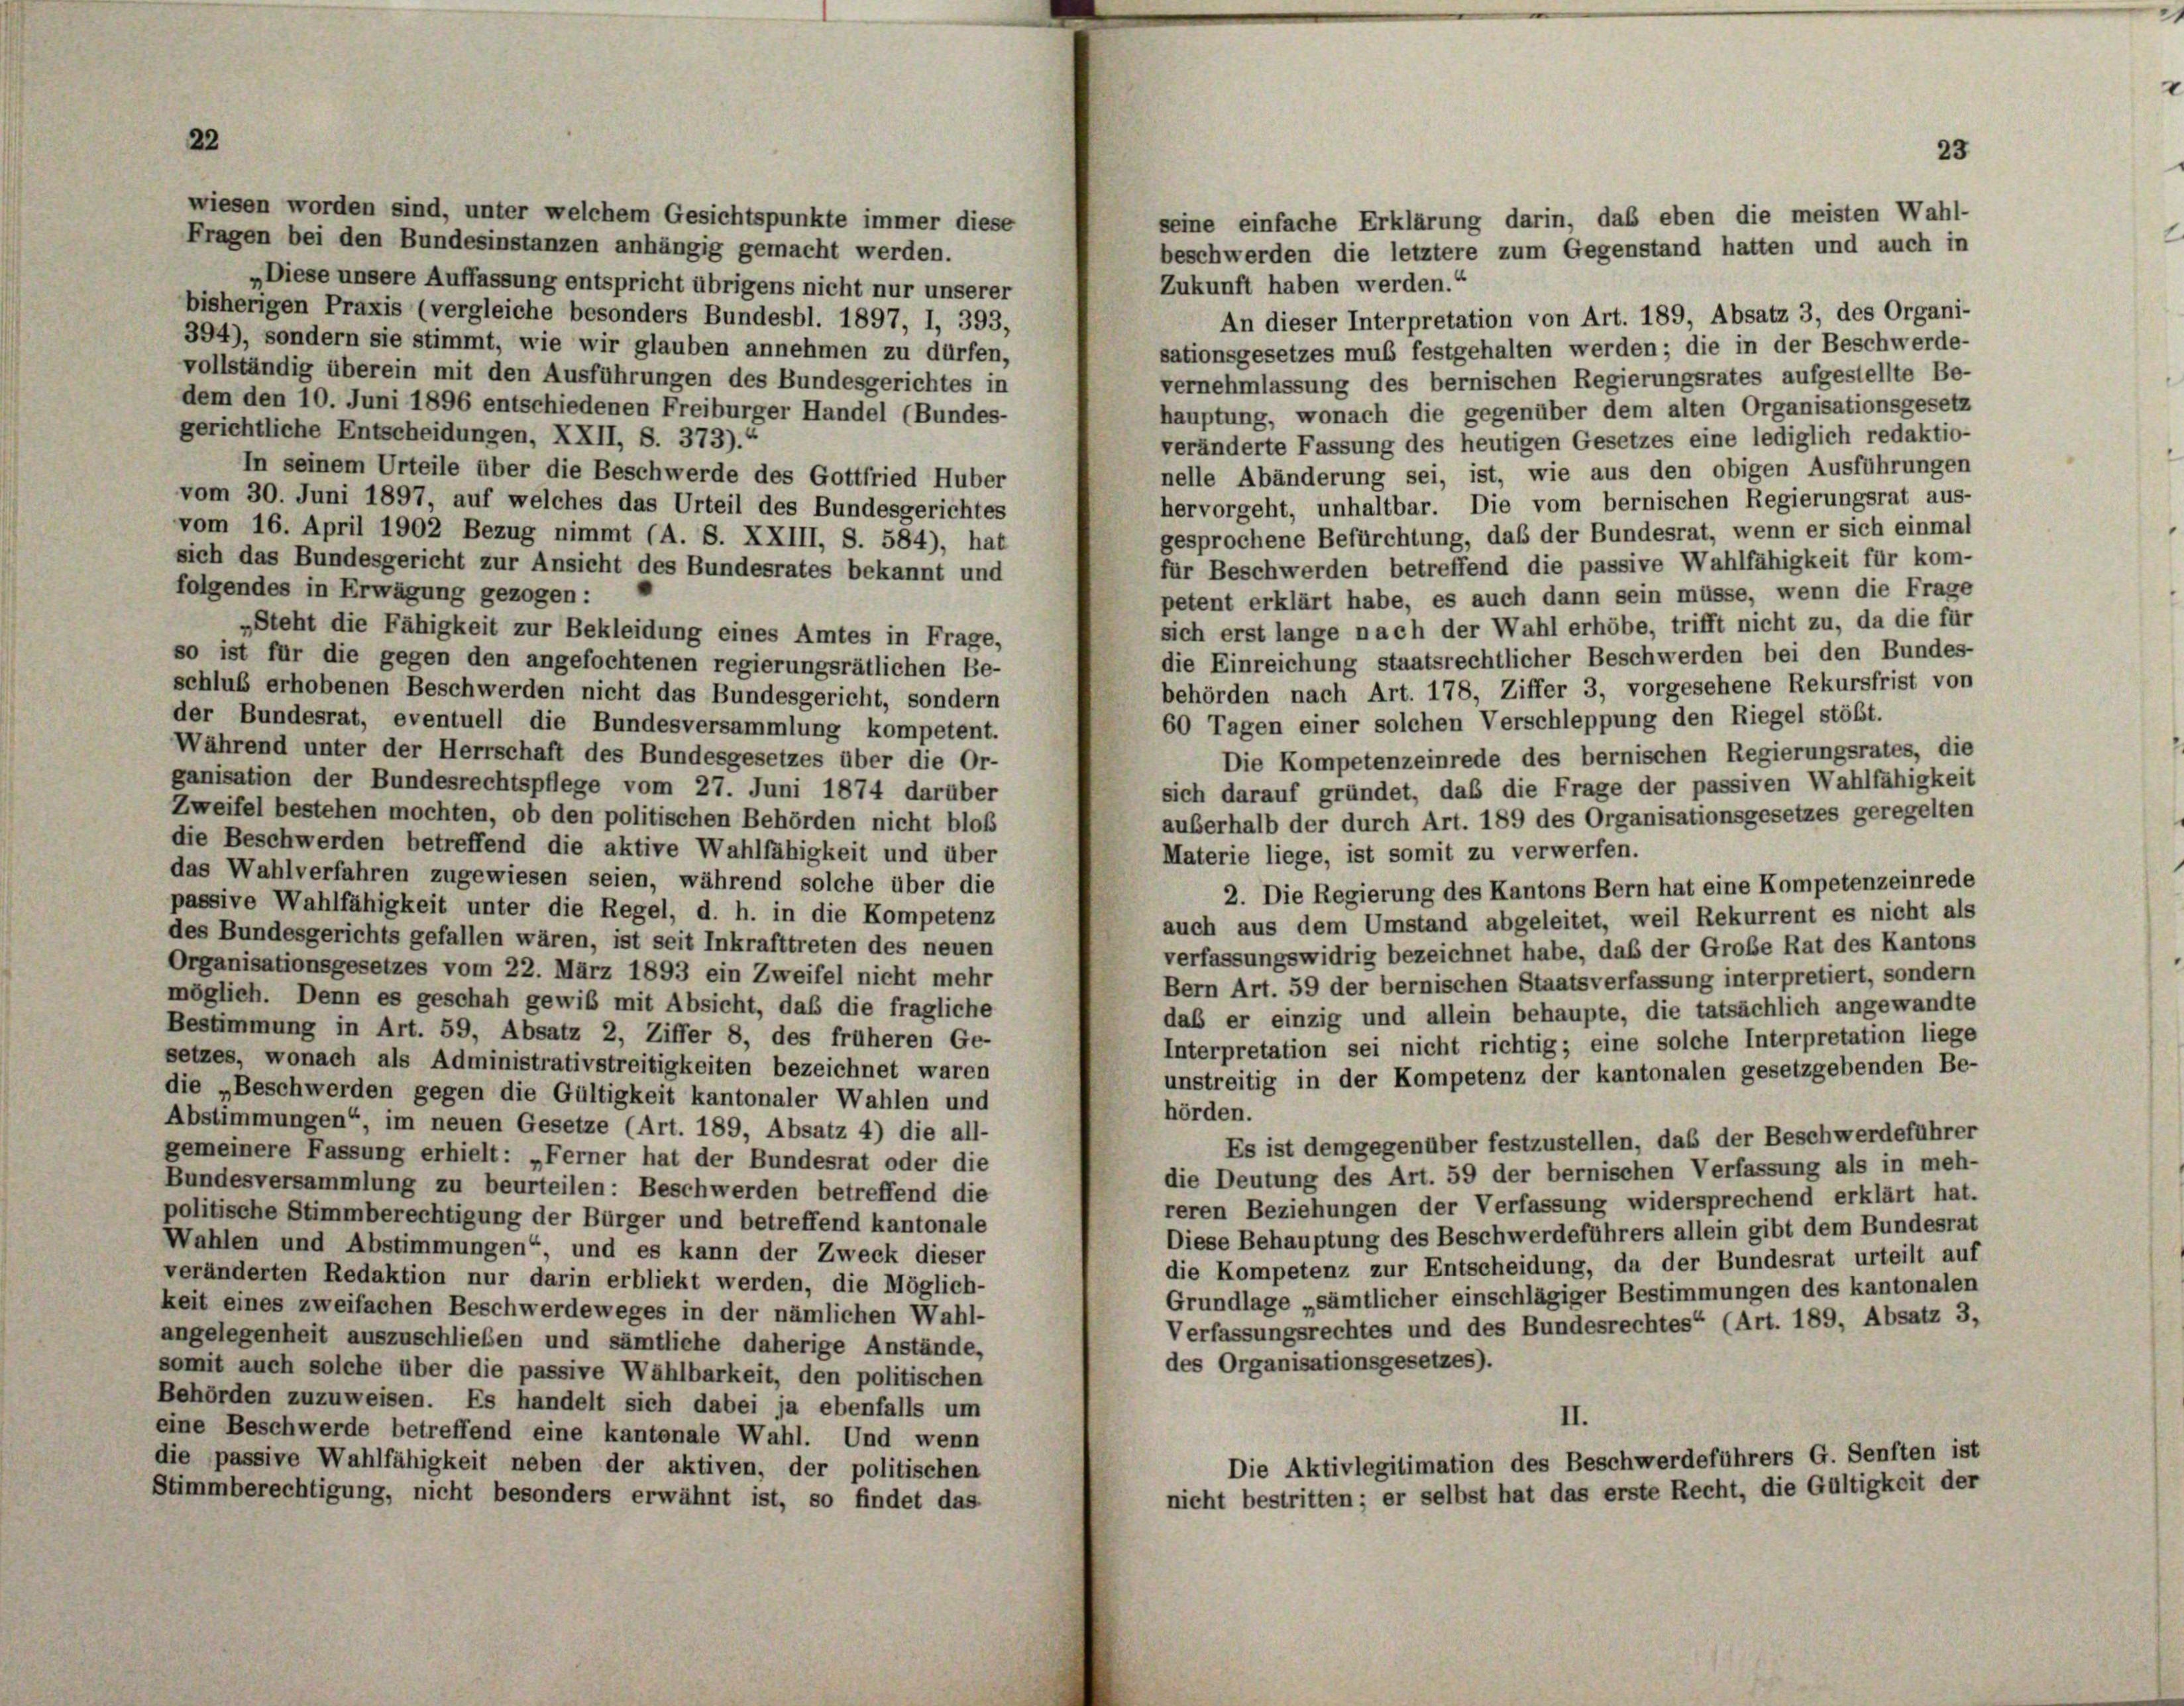
wiesen worden sind, unter welchem Gesichtspunkte immer diese
Fragen bei den Bundesinstanzen anhängig gemacht werden.
Diese unsere Auffassung entspricht übrigens nicht nur unserer
Zukunft haben werden.“
bisherigen Praxis (vergleiche besonders Bundesbl. 1897, I, 393,
An dieser Interpretation von Art. 189, Absatz 3, des Organi-
394), sondern sie stimmt, wie wir glauben annehmen zu dürfen,
sationsgesetzes muß festgehalten werden; die in der Beschwerde-
vollständig überein mit den Ausführungen des Bundesgerichtes in
vernehmlassung des bernischen Regierungsrates aufgestellte Be-
dem den 10. Juni 1896 entschiedenen Freiburger Handel (Bundes-
hauptung, wonach die gegenüber dem alten Organisationsgesetz
gerichtliche Entscheidungen, XXII, S. 373).“
veränderte Fassung des heutigen Gesetzes eine lediglich redaktio-
In seinem Urteile über die Beschwerde des Gottfried Huber
nelle Abänderung sei, ist, wie aus den obigen Ausführungen
vom 30. Juni 1897, auf welches das Urteil des Bundesgerichtes
hervorgeht, unhaltbar. Die vom bernischen Regierungsrat aus-
vom 16. April 1902 Bezug nimmt (A. S. XXIII, S. 584), hat
gesprochene Befürchtung, daß der Bundesrat, wenn er sich einmal
sich das Bundesgericht zur Ansicht des Bundesrates bekannt und
für Beschwerden betreffend die passive Wahlfähigkeit für kom-
folgendes in Erwägung gezogen:
petent erklärt habe, es auch dann sein müsse, wenn die Frage
sich erst lange nach der Wahl erhöbe, trifft nicht zu, da die für
„Steht die Fähigkeit zur Bekleidung eines Amtes in Frage,
die Einreichung staatsrechtlicher Beschwerden bei den Bundes-
so ist für die gegen den angefochtenen regierungsrätlichen Be-
behörden nach Art. 178, Ziffer 3, vorgesehene Rekursfrist von
schluß erhobenen Beschwerden nicht das Bundesgericht, sondern
60 Tagen einer solchen Verschleppung den Riegel stößt.
der Bundesrat, eventuell die Bundesversammlung kompetent.
Während unter der Herrschaft des Bundesgesetzes über die Or-
Die Kompetenzeinrede des bernischen Regierungsrates, die
ganisation der Bundesrechtspflege vom 27. Juni 1874 darüber
sich darauf gründet, daß die Frage der passiven Wahlfähigkeit
Zweifel bestehen mochten, ob den politischen Behörden nicht bloß
auberhalb der durch Art. 189 des Organisationsgesetzes geregelten
die Beschwerden betreffend die aktive Wahlfähigkeit und über
Materie liege, ist somit zu verwerfen.
das Wahlverfahren zugewiesen seien, während solche über die
2. Die Regierung des Kantons Bern hat eine Kompetenzeinrede
passive Wahlfähigkeit unter die Regel, d. h. in die Kompetenz
auch aus dem Umstand abgeleitet, weil Rekurrent es nicht als
des Bundesgerichts gefallen wären, ist seit Inkrafttreten des neuen
verfassungswidrig bezeichnet habe, daß der Große Rat des Kantons
Organisationsgesetzes vom 22. März 1893 ein Zweifel nicht mehr
Bern Art. 59 der bernischen Staatsverfassung interpretiert, sondern
möglich. Denn es geschah gewiß mit Absicht, daß die fragliche
daß er einzig und allein behaupte, die tatsächlich angewandte
Bestimmung in Art. 59, Absatz 2, Ziffer 8, des früheren Ge-
Interpretation sei nicht richtig; eine solche Interpretation liege
setzes, wonach als Administrativstreitigkeiten bezeichnet waren
unstreitig in der Kompetenz der kantonalen gesetzgebenden Be-
die „Beschwerden gegen die Gültigkeit kantonaler Wahlen und
hörden.
Abstimmungen“, im neuen Gesetze (Art. 189, Absatz 4) die all-
Es ist demgegenüber festzustellen, das der Beschwerdeführer
gemeinere Fassung erhielt: „Ferner hat der Bundesrat oder die
die Deutung des Art. 59 der bernischen Verfassung als in meh-
Bundesversammlung zu beurteilen: Beschwerden betreffend die
reren Beziehungen der Verfassung widersprechend erklärt hat.
politische Stimmberechtigung der Bürger und betreffend kantonale
Diese Behauptung des Beschwerdeführers allein gibt dem Bundesrat
Wahlen und Abstimmungen“ und es kann der Zweck dieser
die Kompetenz zur Entscheidung, da der Bundesrat urteilt auf
veränderten Redaktion nur darin erbliekt werden, die Möglich-
Grundlage „sämtlicher einschlägiger Bestimmungen des kantonalen
keit eines zweifachen Beschwerdeweges in der nämlichen Wahl-
Verfassungsrechtes und des Bundesrechtes“ (Art. 189, Absatz 3,
angelegenheit auszuschließen und sämtliche daherige Anstände,
des Organisationsgesetzes).
somit auch solche über die passive Wählbarkeit, den politischen
Behörden zuzuweisen. Es handelt sich dabei ja ebenfalls um
II.
eine Beschwerde betreffend eine kantonale Wahl. Und wenn
Die Aktivlegitimation des Beschwerdeführers G. Senften ist
die passive Wahlfähigkeit neben der aktiven, der politischen
nicht bestritten; er selbst hat das erste Recht, die Gültigkeit der
Stimmberechtigung, nicht besonders erwähnt ist, so findet das

23
seine einfache Erklärung darin, daß eben die meisten Wahl-
beschwerden die letztere zum Gegenstand hatten und auch in